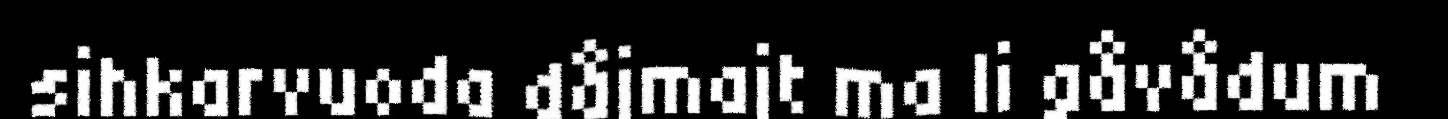
sihkarvuoda dåjmajt ma li gåvådum